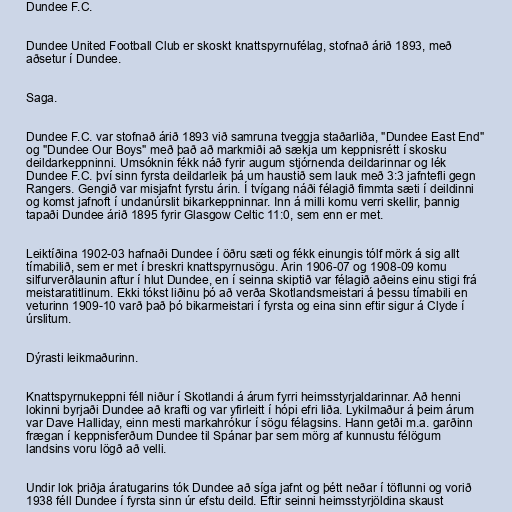
Dundee F.C.

Dundee United Football Club er skoskt knattspyrnufélag, stofnað árið 1893, með
aðsetur í Dundee.

Saga.

Dundee F.C. var stofnað árið 1893 við samruna tveggja staðarliða, "Dundee East End"
og "Dundee Our Boys" með það að markmiði að sækja um keppnisrétt í skosku
deildarkeppninni. Umsóknin fékk náð fyrir augum stjórnenda deildarinnar og lék
Dundee F.C. því sinn fyrsta deildarleik þá um haustið sem lauk með 3:3 jafntefli gegn
Rangers. Gengið var misjafnt fyrstu árin. Í tvígang náði félagið fimmta sæti í deildinni
og komst jafnoft í undanúrslit bikarkeppninnar. Inn á milli komu verri skellir, þannig
tapaði Dundee árið 1895 fyrir Glasgow Celtic 11:0, sem enn er met.

Leiktíðina 1902-03 hafnaði Dundee í öðru sæti og fékk einungis tólf mörk á sig allt
tímabilið, sem er met í breskri knattspyrnusögu. Árin 1906-07 og 1908-09 komu
silfurverðlaunin aftur í hlut Dundee, en í seinna skiptið var félagið aðeins einu stigi frá
meistaratitlinum. Ekki tókst liðinu þó að verða Skotlandsmeistari á þessu tímabili en
veturinn 1909-10 varð það þó bikarmeistari í fyrsta og eina sinn eftir sigur á Clyde í
úrslitum.

Dýrasti leikmaðurinn.

Knattspyrnukeppni féll niður í Skotlandi á árum fyrri heimsstyrjaldarinnar. Að henni
lokinni byrjaði Dundee að krafti og var yfirleitt í hópi efri liða. Lykilmaður á þeim árum
var Dave Halliday, einn mesti markahrókur í sögu félagsins. Hann getði m.a. garðinn
frægan í keppnisferðum Dundee til Spánar þar sem mörg af kunnustu félögum
landsins voru lögð að velli.

Undir lok þriðja áratugarins tók Dundee að síga jafnt og þétt neðar í töflunni og vorið
1938 féll Dundee í fyrsta sinn úr efstu deild. Eftir seinni heimsstyrjöldina skaust